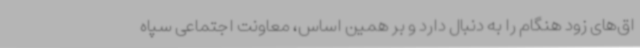
اق‌های زود هنگام را به دنبال دارد و بر همین اساس، معاونت اجتماعی سپاه